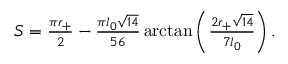
\begin{array} { r } { S = \frac { \pi r _ { + } } { 2 } - \frac { \pi l _ { 0 } \sqrt { 1 4 } } { 5 6 } \arctan \left( \frac { 2 r _ { + } \sqrt { 1 4 } } { 7 l _ { 0 } } \right) . } \end{array}